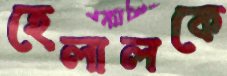
হেলালকে